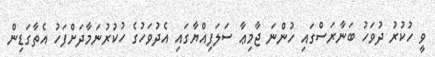
ވީ ހުކުރު ދުވަހު ބަނާރަސްގައި ހުންނަ ޖާމިޢާ ސަލަފިއްޔާގައި އެދުވަހުގެ ހުކުރުނަމާދަށްފަހު އެތާގަޑިން